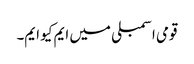
قومی اسمبلی میں ایم کیو ایم۔